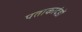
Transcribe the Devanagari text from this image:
पताकादंडों